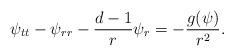
LaTeX: \begin{align*} \psi_{tt}-\psi_{rr}-\frac{d-1}{r}\psi_r=-\frac{g(\psi)}{r^2}.\end{align*}